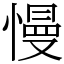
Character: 慢